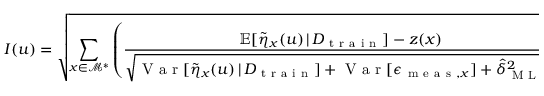
I ( u ) = \sqrt { \sum _ { x \in \mathcal { M } ^ { * } } \left( \frac { \mathbb { E } [ \Tilde { \eta } _ { x } ( u ) \, \vert \, D _ { \mathrm { ~ t ~ r ~ a ~ i ~ n ~ } } ] - z ( x ) } { \sqrt { \mathrm { ~ V ~ a ~ r ~ } [ \Tilde { \eta } _ { x } ( u ) \, \vert \, D _ { \mathrm { ~ t ~ r ~ a ~ i ~ n ~ } } ] + \mathrm { ~ V ~ a ~ r ~ } [ \epsilon _ { \mathrm { ~ m ~ e ~ a ~ s ~ } , x } ] + \hat { \delta } _ { \mathrm { ~ M ~ L ~ E ~ } } ^ { 2 } } } \right) ^ { 2 } } .